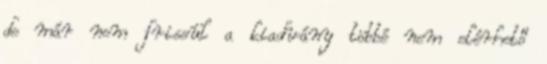
de már nem frissül a kiadvány többé nem elérhető